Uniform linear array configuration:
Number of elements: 24
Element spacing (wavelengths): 1
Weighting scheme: kaiser
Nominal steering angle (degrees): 45
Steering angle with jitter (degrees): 46.238
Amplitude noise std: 0.05
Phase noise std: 0.05

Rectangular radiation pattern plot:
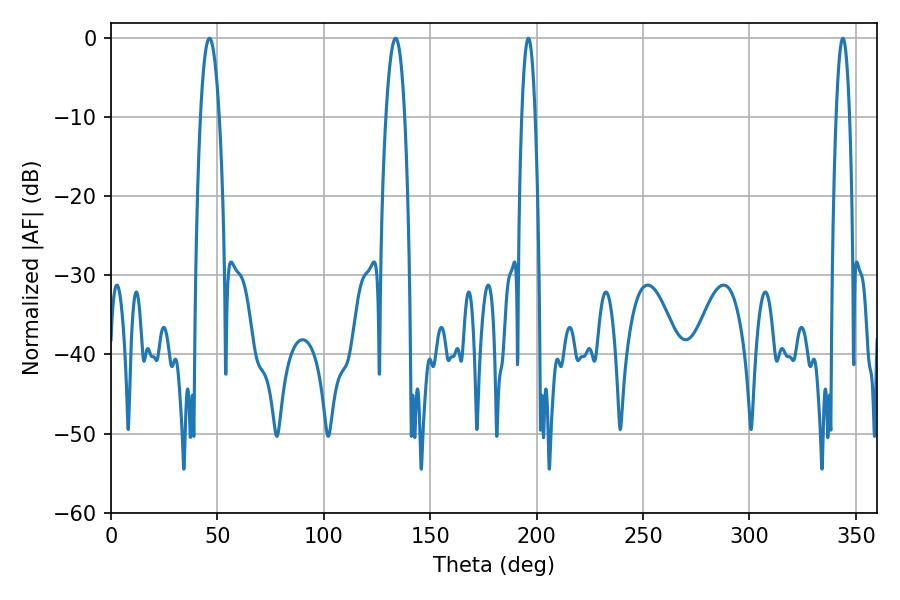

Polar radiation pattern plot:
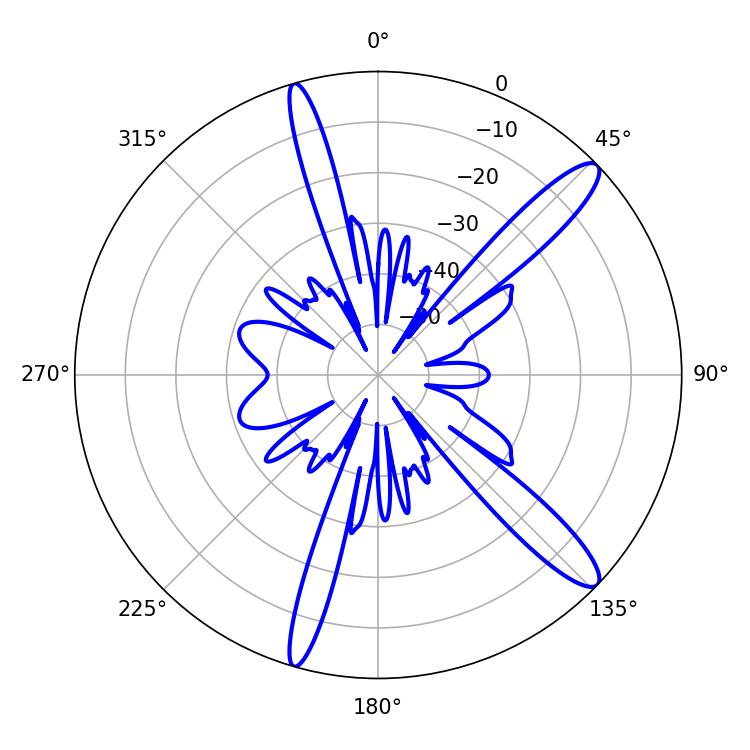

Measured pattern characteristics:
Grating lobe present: TRUE
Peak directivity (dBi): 13.183
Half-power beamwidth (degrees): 4.86
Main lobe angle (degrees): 46.26